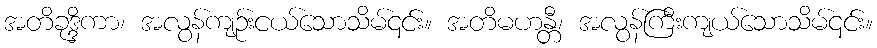
အတိခုဒ္ဒိကာ၊ အလွန်ကျဉ်းငယ်သောသိမ်၎င်း။ အတိမဟန္တီ၊ အလွန်ကြီးကျယ်သောသိမ်၎င်း။